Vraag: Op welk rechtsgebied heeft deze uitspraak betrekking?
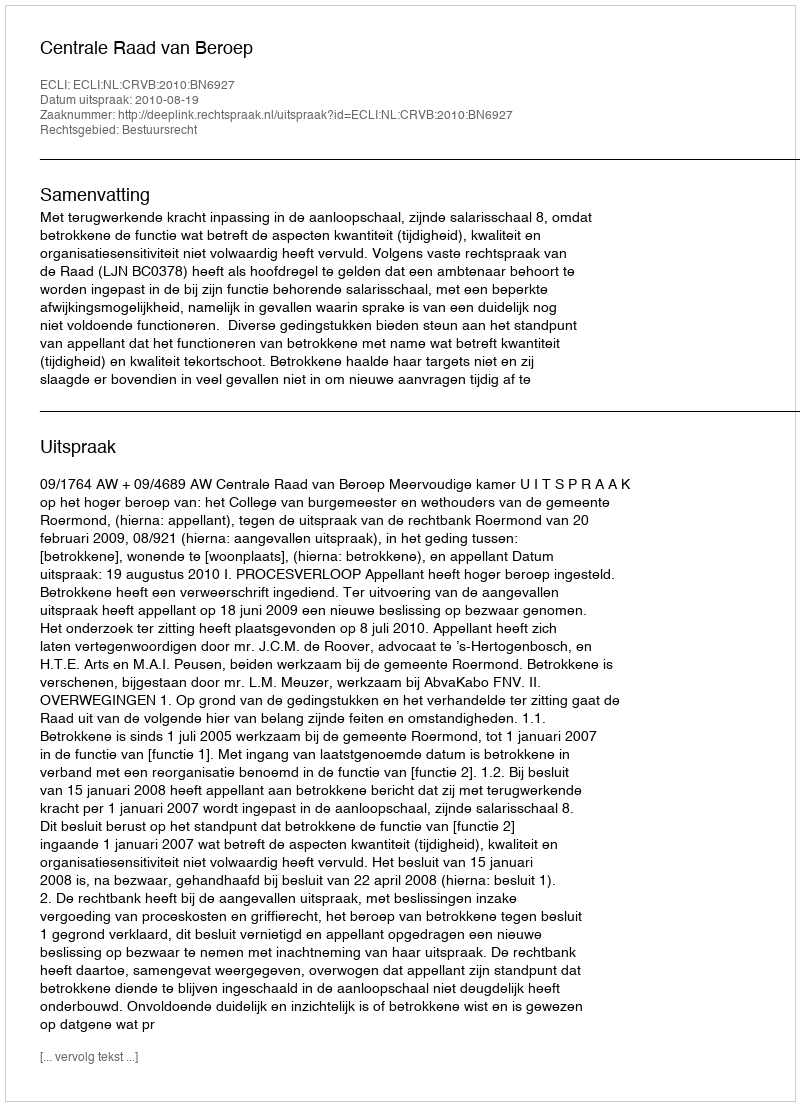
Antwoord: Bestuursrecht